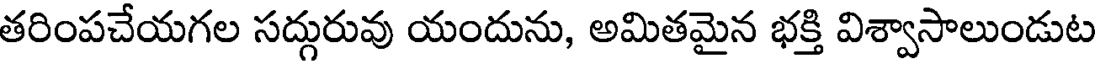
తరింపచేయగల సద్గురువు యందును, అమితమైన భక్తి విశ్వాసాలుండుట